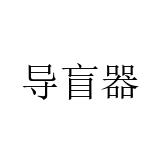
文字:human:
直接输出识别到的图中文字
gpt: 导盲器